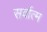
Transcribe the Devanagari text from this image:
सर्वात्म